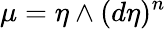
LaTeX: \mu=\eta\wedge(d\eta)^{n}